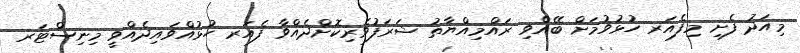
މިއަދު ފެށި މިފެއަރ ހުޅުވުމަށް ބޭއްވި ރައްމިއްޔާތު ޝަރަފުވެރިކޮށްދެއްވާ ފެއަރ ހުޅުއްވައިދެއްވީ މިނިސްޓަރ